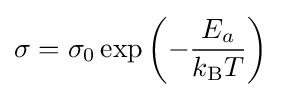
\sigma =\sigma _{0}\exp \left(-{\frac {E_{a}}{k_{\text{B}}T}}\right)